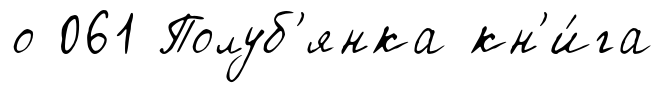
о 061 Полуб'янка кн'и́га